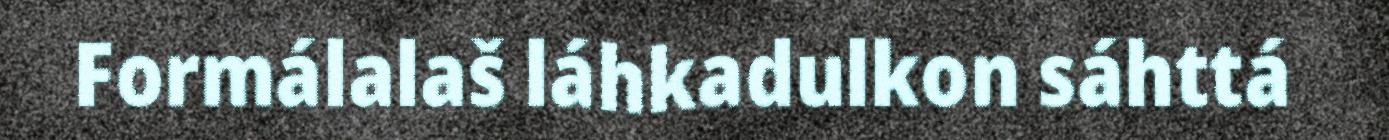
Formálalaš láhkadulkon sáhttá